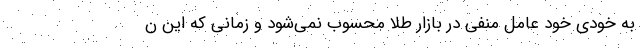
به خودی خود عامل منفی در بازار طلا محسوب نمی‌شود و زمانی که این ن